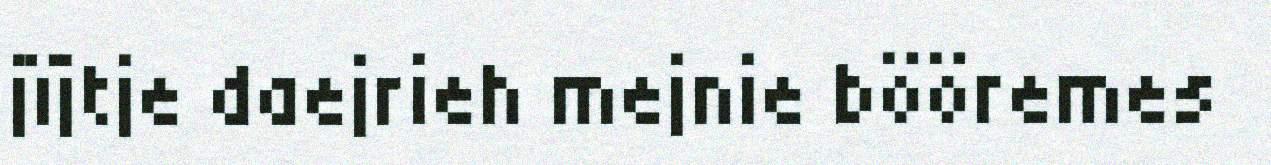
jïjtje daejrieh mejnie bööremes